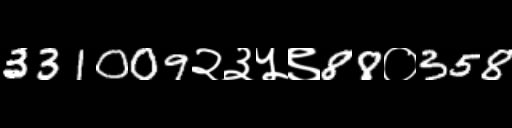
Text: 331009२३५९88०358